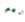
نعم